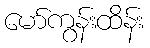
မော်ကွန်းထိန်း